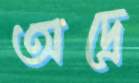
অদ্রে